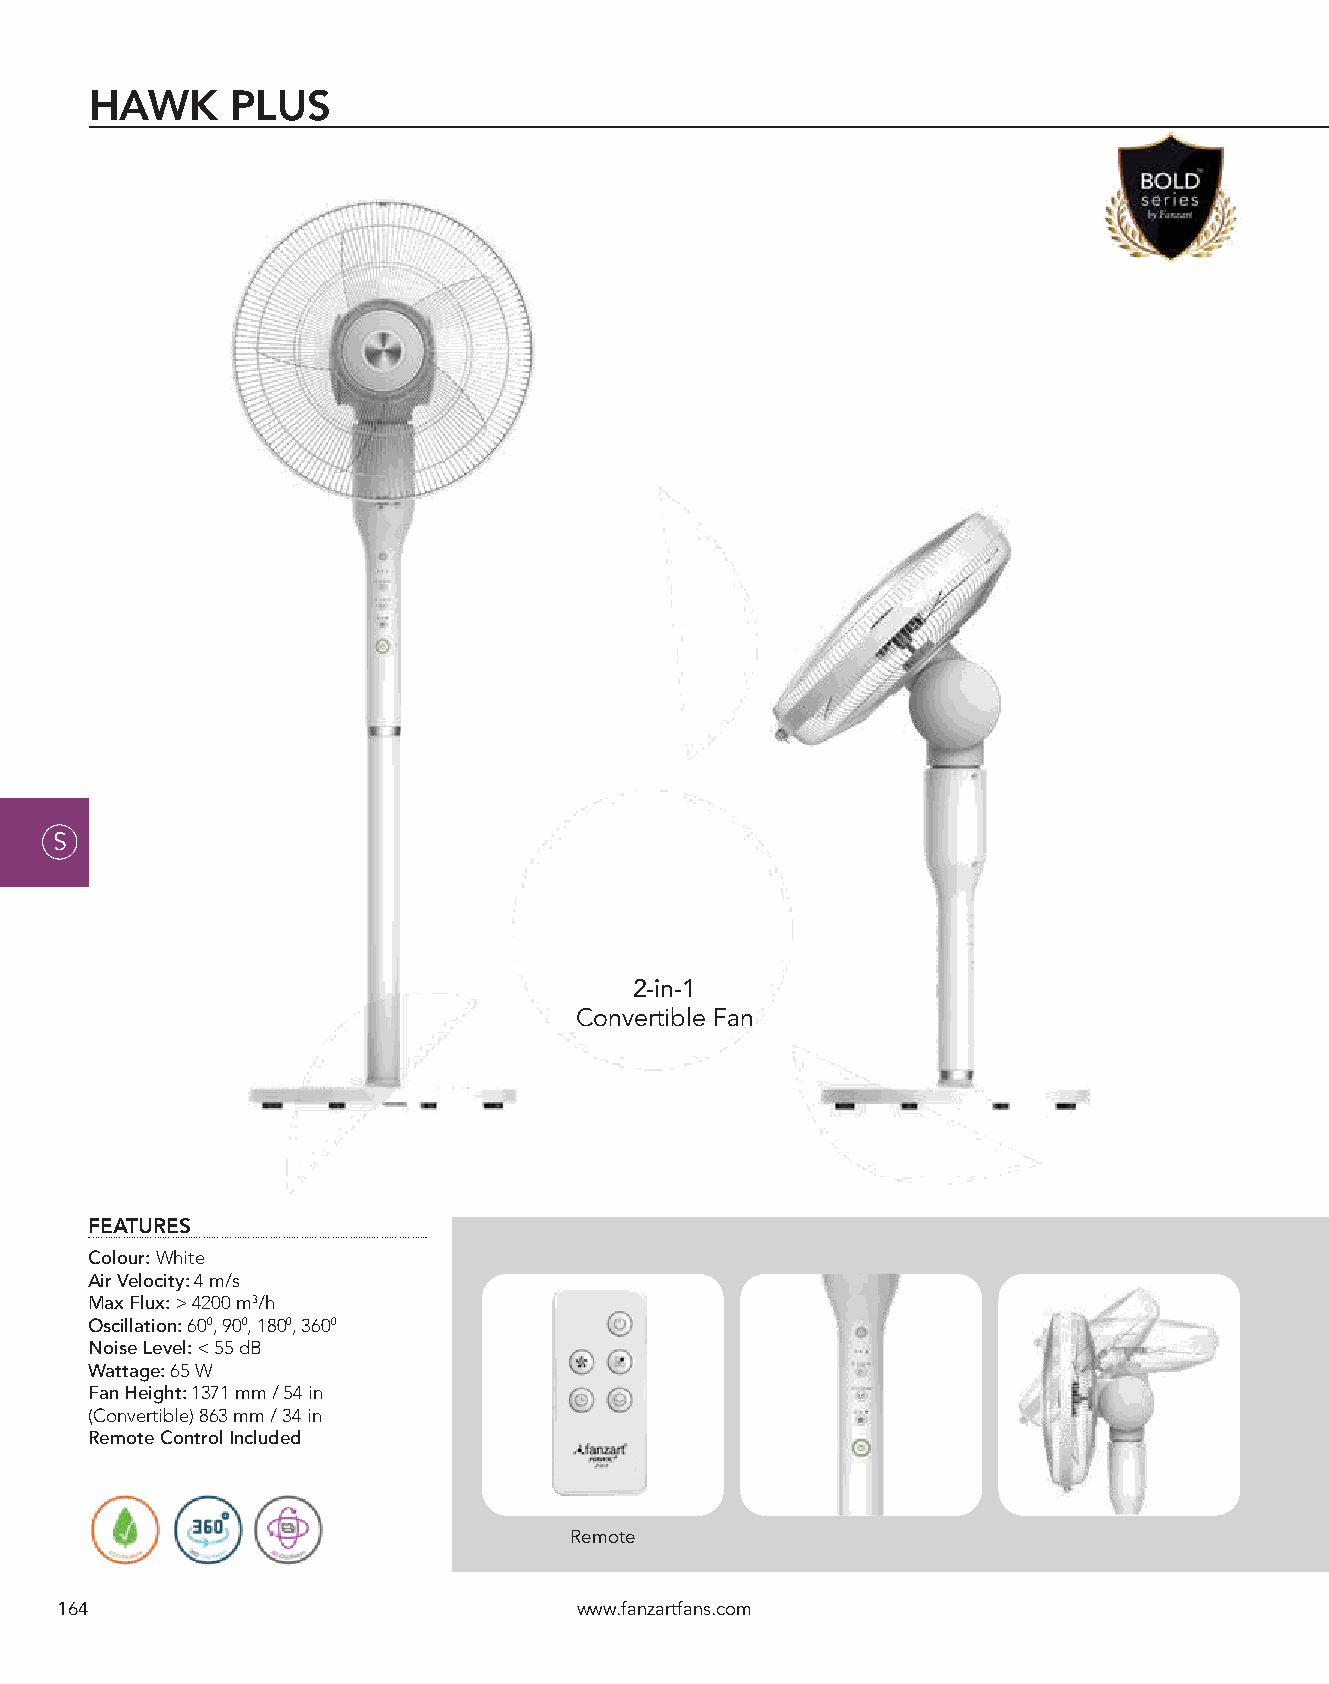
HAWK     PLUS
 S
 2-in-1
 Convertible Fan
 FEATURES
 Colour: White
 Air Velocity: 4 m/s
 Max Flux: > 4200 m3/h
 Oscillation: 600, 900, 1800, 3600
 Noise Level: < 55 dB
 Wattage: 65 W
 Fan Height: 1371 mm / 54 in
 (Convertible) 863 mm / 34 in
 Remote Control Included
 Remote
 164                               www.fanzartfans.com